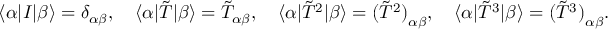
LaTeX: \langle { \alpha } | I | { \beta } \rangle = \delta _ { \alpha \beta } , \quad \langle { \alpha } | \tilde { T } | { \beta } \rangle = \tilde { T } _ { \alpha \beta } , \quad \langle { \alpha } | { \tilde { T } } ^ { 2 } | { \beta } \rangle = { ( { \tilde { T } } ^ { 2 } ) } _ { \alpha \beta } , \quad \langle { \alpha } | { \tilde { T } } ^ { 3 } | { \beta } \rangle = { ( { \tilde { T } } ^ { 3 } ) } _ { \alpha \beta } \nonumber .